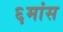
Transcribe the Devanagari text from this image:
६मांस